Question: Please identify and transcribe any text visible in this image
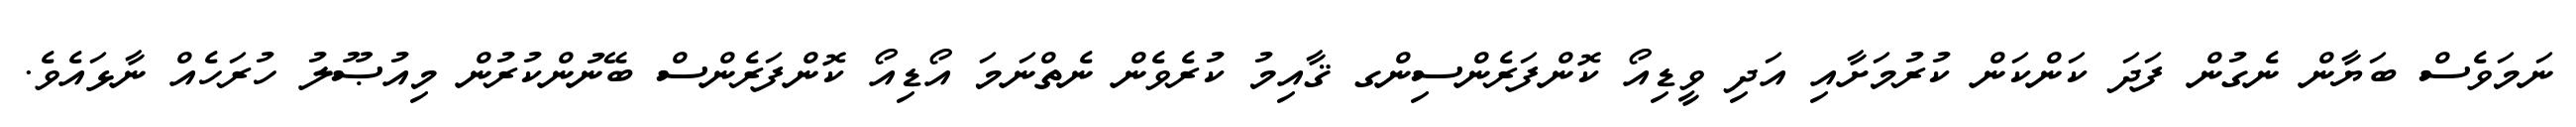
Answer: ނަމަވެސް ބަޔާން ނެގުން ފަދަ ކަންކަން ކުރުމަށާއި އަދި ވީޑިއޯ ކޮންފަރެންސިންގ ޤާއިމު ކުރެވެން ނެތްނަމަ އޯޑިއޯ ކޮންފަރެންސް ބޭނުންކުރުން މިއުޞޫލު ހުރަހެއް ނާޅައެވެ.